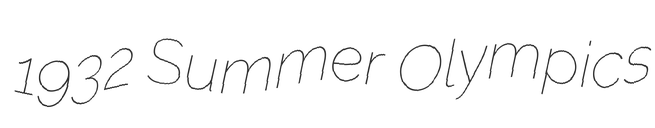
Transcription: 1932 Summer Olympics